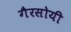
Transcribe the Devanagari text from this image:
गैरसोयी